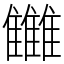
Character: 雦